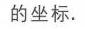
的坐标.